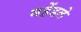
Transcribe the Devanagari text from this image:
महेंडले